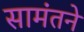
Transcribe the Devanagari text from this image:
सामंतने